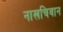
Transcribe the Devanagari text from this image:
नाखचिवान